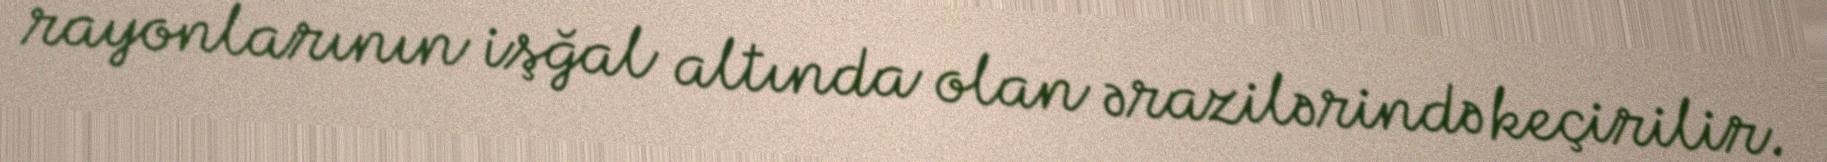
rayonlarının işğal altında olan ərazilərində keçirilir.